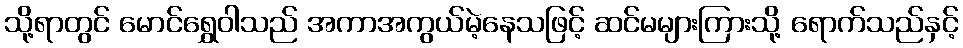
သို့ရာတွင် မောင်ရွှေဝါသည် အကာအကွယ်မဲ့နေသဖြင့် ဆင်မများကြားသို့ ရောက်သည်နှင့်